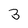
Character: 3